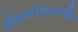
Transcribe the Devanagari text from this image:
ऑक्सफर्डशायरमधील